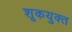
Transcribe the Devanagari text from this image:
शूकयुक्त